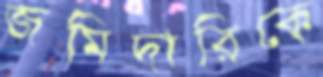
জমিদারিকে